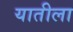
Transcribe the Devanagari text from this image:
यातीला